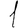
Digit: 1